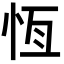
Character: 恆